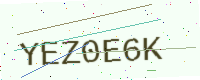
Text: YEZ0E6K